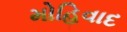
મોહિવાદ